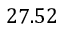
2 7 . 5 2